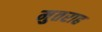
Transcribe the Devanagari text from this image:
मुतराह